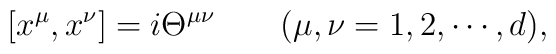
[x^\mu, x^\nu]=i\Theta^{\mu\nu} \qquad (\mu, \nu = 1,2,\cdots,d),